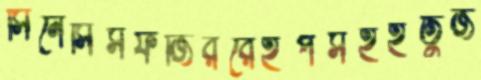
সিনেসিসফজিররেইপসহইতুজ